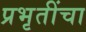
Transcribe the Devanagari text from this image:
प्रभृतींचा